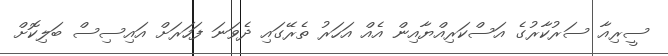
ސީރިއާ ސަރުކާރުގެ އަސްކަރިއްޔާއިން އެއް އަހަރު ތެރޭގައި ދެވަނަ ފަހަރަށް އައިސިސް ބަލިކޮށް